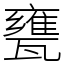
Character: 甕